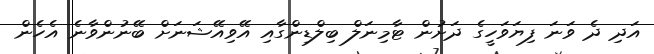
އަދި ދެ ވަނަ ފިޔަވަހީގެ ދަށުން ޓާމިނަލް ބިލްޑިންގާއި އޭވިއޭޝަނަށް ބޭނުންވާނެ އެހެން